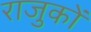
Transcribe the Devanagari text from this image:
राजुकों